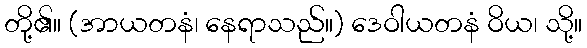
တို့၏။ (အာယတနံ၊ နေရာသည်။) ဒေဝါယတနံ ဝိယ၊ သို့။